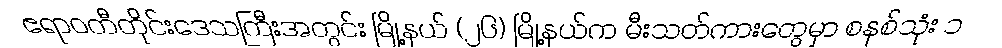
ဧရာဝတီတိုင်းဒေသကြီးအတွင်း မြို့နယ် (၂၆) မြို့နယ်က မီးသတ်ကားတွေမှာ စနစ်သုံး ၁